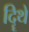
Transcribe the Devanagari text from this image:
दिॄथे